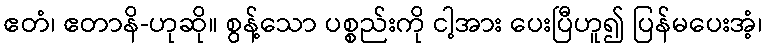
ဧတံ၊ ဧတာနိ-ဟုဆို။ စွန့်သော ပစ္စည်းကို ငါ့အား ပေးပြီဟူ၍ ပြန်မပေးအံ့၊